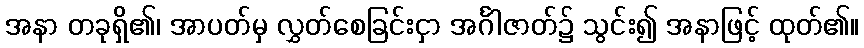
အနာ တခုရှိ၏၊ အာပတ်မှ လွှတ်စေခြင်းငှာ အင်္ဂါဇာတ်၌ သွင်း၍ အနာဖြင့် ထုတ်၏။